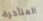
المتأخرة